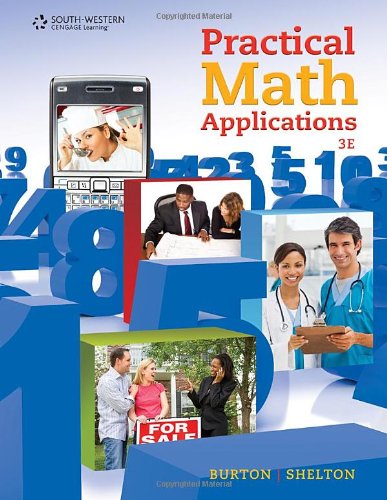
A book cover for Practical Math Applications; Sharon Burton; Business & Money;